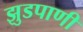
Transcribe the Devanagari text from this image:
झुडपाणी